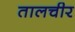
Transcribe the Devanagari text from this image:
तालचीर